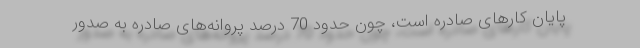
پایان کارهای صادره است، چون حدود 70 درصد پروانه‌های صادره به صدور